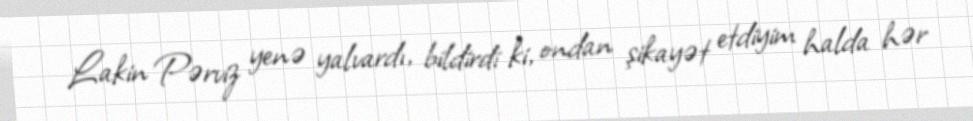
Lakin Pərviz yenə yalvardı, bildirdi ki, ondan şikayət etdiyim halda hər